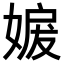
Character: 𡞬